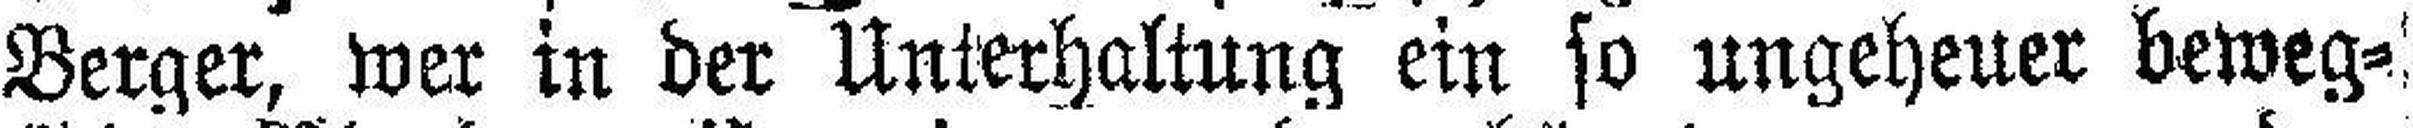
Berger, wer in der Unterhaltung ein so ungeheuer beweg¬